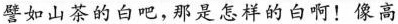
。譬如山茶的白吧，那是怎样的啊！像高